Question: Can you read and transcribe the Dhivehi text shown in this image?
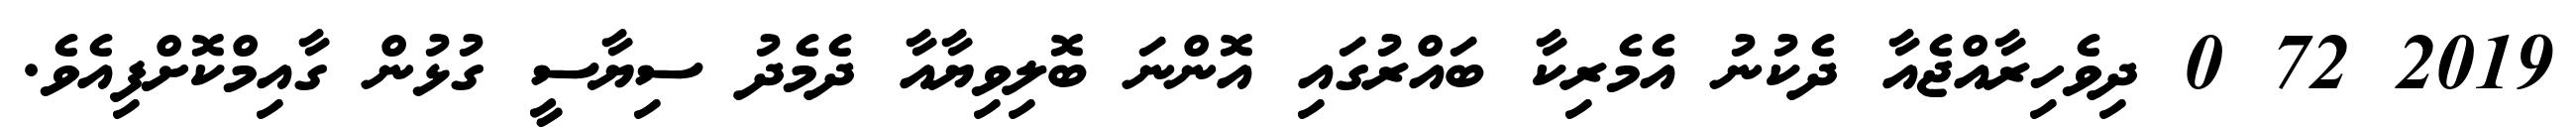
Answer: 2019 72 0 ދިވެހިރާއްޖެއާ ދެކުނު އެމެރިކާ ބައްރުގައި އޮންނަ ބޮލިވިޔާއާ ދެމެދު ސިޔާސީ ގުޅުން ގާއިމްކޮށްފިއެވެ.